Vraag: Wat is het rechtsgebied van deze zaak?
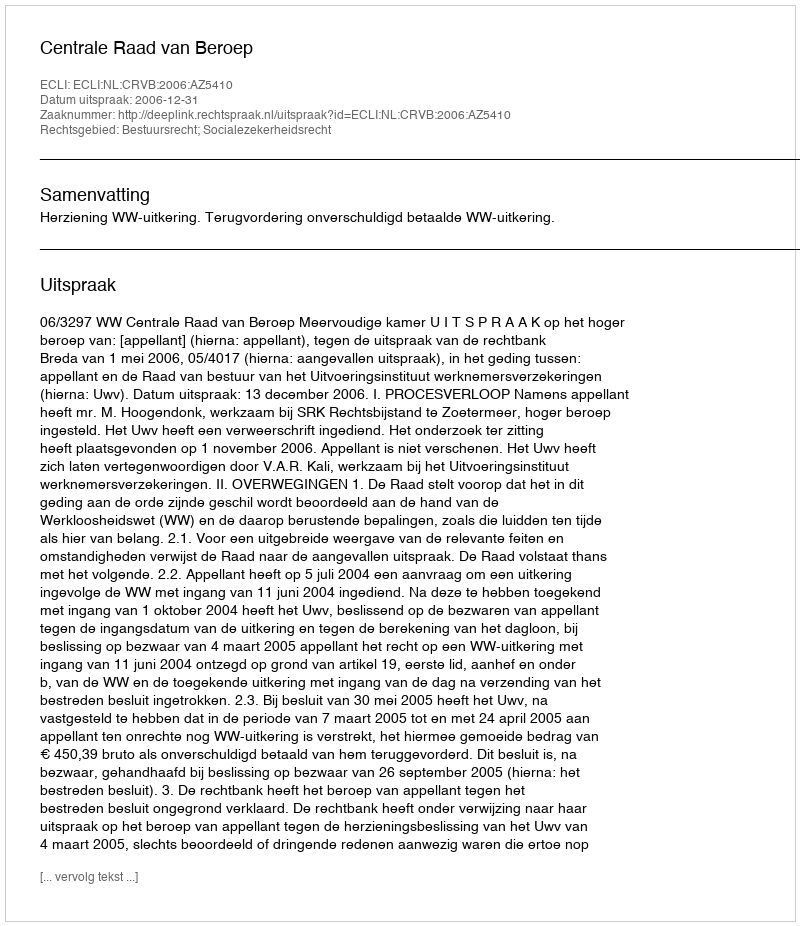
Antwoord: Bestuursrecht; Socialezekerheidsrecht